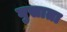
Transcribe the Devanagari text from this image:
घुसाता